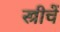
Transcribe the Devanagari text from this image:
स्त्रीचें